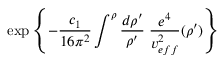
\exp { \left\{ - \frac { c _ { 1 } } { 1 6 \pi ^ { 2 } } \int ^ { \rho } \frac { d \rho ^ { \prime } } { \rho ^ { \prime } } \; \frac { e ^ { 4 } } { v _ { e f f } ^ { 2 } } ( \rho ^ { \prime } ) \right\} }